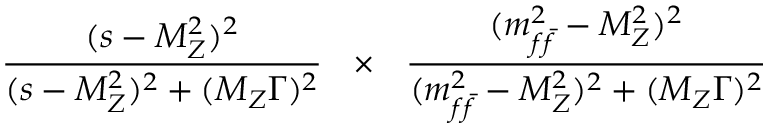
\frac { ( s - M _ { Z } ^ { 2 } ) ^ { 2 } } { ( s - M _ { Z } ^ { 2 } ) ^ { 2 } + ( M _ { Z } \Gamma ) ^ { 2 } } ~ ~ \times ~ ~ \frac { ( m _ { f \bar { f } } ^ { 2 } - M _ { Z } ^ { 2 } ) ^ { 2 } } { ( m _ { f \bar { f } } ^ { 2 } - M _ { Z } ^ { 2 } ) ^ { 2 } + ( M _ { Z } \Gamma ) ^ { 2 } }